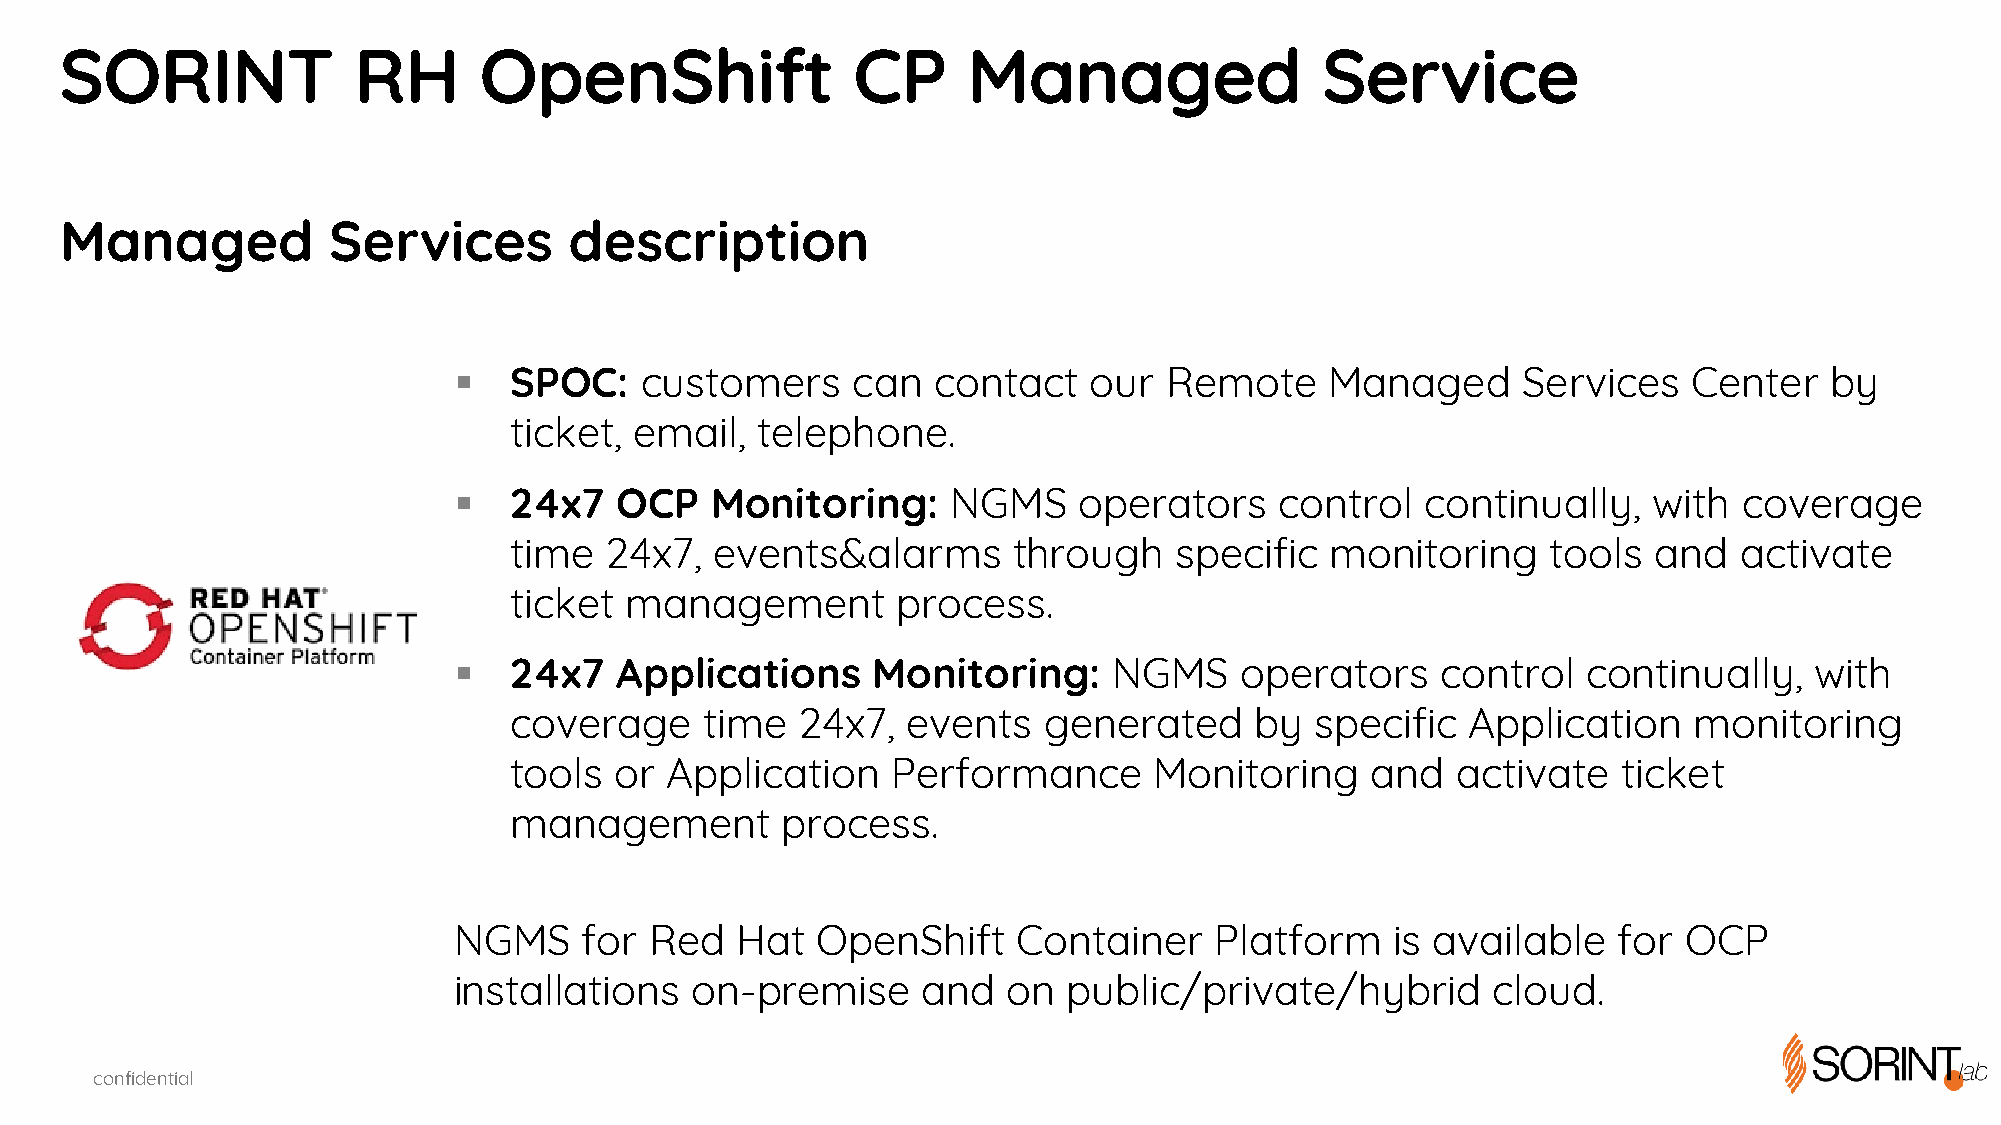
SORINT             RH       OpenShift               CP      Managed                 Service
 Managed           Services        description
 §   SPOC:   customers     can   contact   our  Remote     Managed      Services   Center   by
 ticket, email,  telephone.
 §   24x7   OCP   Monitoring:     NGMS    operators     control  continually,   with  coverage
 time  24x7,  events&alarms       through    specific  monitoring     tools and   activate
 ticket management        process.
 §   24x7   Applications     Monitoring:     NGMS    operators    control   continually,   with
 coverage     time  24x7,  events   generated     by  specific  Application    monitoring
 tools  or Application    Performance      Monitoring     and  activate   ticket
 management        process.
 NGMS     for Red   Hat  OpenShift    Container    Platform    is available   for  OCP
 installations   on-premise     and   on  public/private/hybrid       cloud.
 confidential